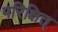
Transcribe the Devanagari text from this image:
परिक्षित्